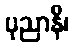
ပုညာနိ၊